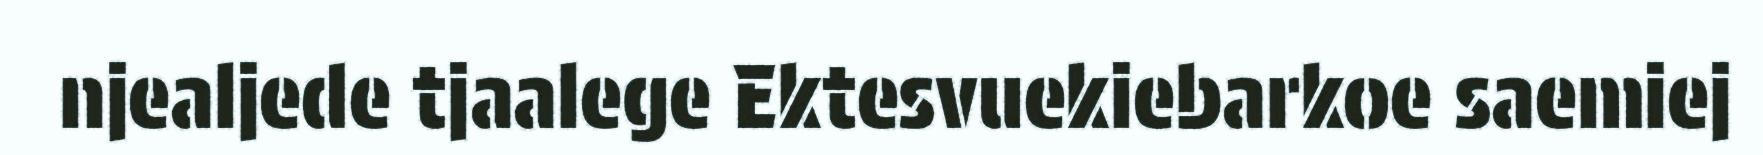
njealjede tjaalege Ektesvuekiebarkoe saemiej